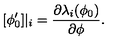
[ \phi _ { 0 } ^ { \prime } ] | _ { i } = \frac { \partial \lambda _ { i } ( \phi _ { 0 } ) } { \partial \phi } .